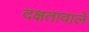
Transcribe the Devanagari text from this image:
दक्षतावाले